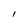
Character: I